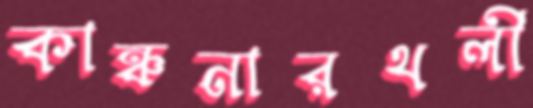
কাঞ্চনারথলী